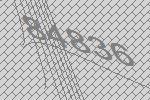
84836